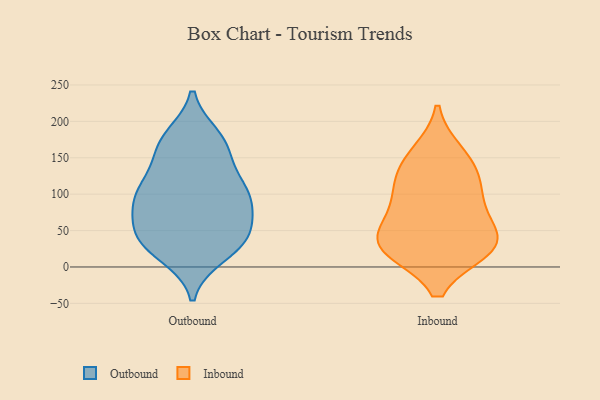
{"axis": {"x": "Temperature (°C)", "y": "Value"}, "legend": ["Inbound", "Outbound"], "data": [{"x": "", "y": 178, "type": "Outbound"}, {"x": "", "y": 76, "type": "Outbound"}, {"x": "", "y": 99, "type": "Outbound"}, {"x": "", "y": 97, "type": "Outbound"}, {"x": "", "y": 27, "type": "Outbound"}, {"x": "", "y": 17, "type": "Outbound"}, {"x": "", "y": 93, "type": "Outbound"}, {"x": "", "y": 104, "type": "Outbound"}, {"x": "", "y": 43, "type": "Outbound"}, {"x": "", "y": 126, "type": "Outbound"}, {"x": "", "y": 63, "type": "Outbound"}, {"x": "", "y": 33, "type": "Outbound"}, {"x": "", "y": 161, "type": "Outbound"}, {"x": "", "y": 169, "type": "Outbound"}, {"x": "", "y": 47, "type": "Outbound"}, {"x": "", "y": 108, "type": "Outbound"}, {"x": "", "y": 170, "type": "Outbound"}, {"x": "", "y": 37, "type": "Outbound"}, {"x": "", "y": 82, "type": "Inbound"}, {"x": "", "y": 30, "type": "Inbound"}, {"x": "", "y": 113, "type": "Inbound"}, {"x": "", "y": 27, "type": "Inbound"}, {"x": "", "y": 70, "type": "Inbound"}, {"x": "", "y": 114, "type": "Inbound"}, {"x": "", "y": 36, "type": "Inbound"}, {"x": "", "y": 156, "type": "Inbound"}, {"x": "", "y": 28, "type": "Inbound"}, {"x": "", "y": 25, "type": "Inbound"}, {"x": "", "y": 144, "type": "Inbound"}]}